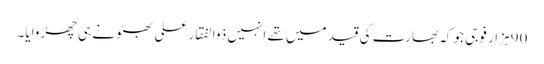
90 ہزار فوجی جو کہ بھارت کی قید میں تھے انہیں ذوالفقار علی بھٹو نے ہی چھڑوایا۔